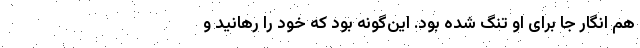
هم انگار جا برای او تنگ شده بود. این‌گونه بود که خود را رهانید و